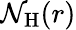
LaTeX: \mathcal{N}_{\mathrm{{H}}}(r)